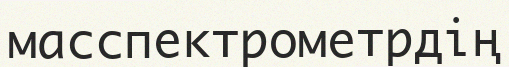
масспектрометрдің